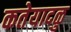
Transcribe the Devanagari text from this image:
कतेयादळु